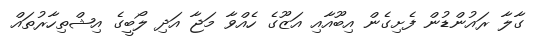
ގާލާ ރައުންޑުން ފެށިގެން އިބޫއާއި އަޒޫގެ ހެއްވާ މަޖާ އަދި ލޯބީގެ އިޝްތިހާރުތައް